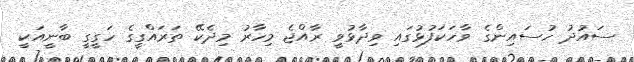
ސައުދު ހުސައިންގެ ވާހަކަފުޅުގައި ވިދާޅުވީ ރާއްޖެ މިހާރު މިދެކޭ ތަރައްގީގެ ހަގީގީ ބާނީއަކީ